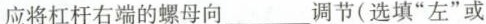
应将杠杆右端的螺母向___调节(选填”左”或